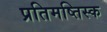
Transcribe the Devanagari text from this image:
प्रतिमष्तिस्क